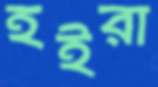
হইরা